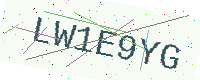
Text: LW1E9YG